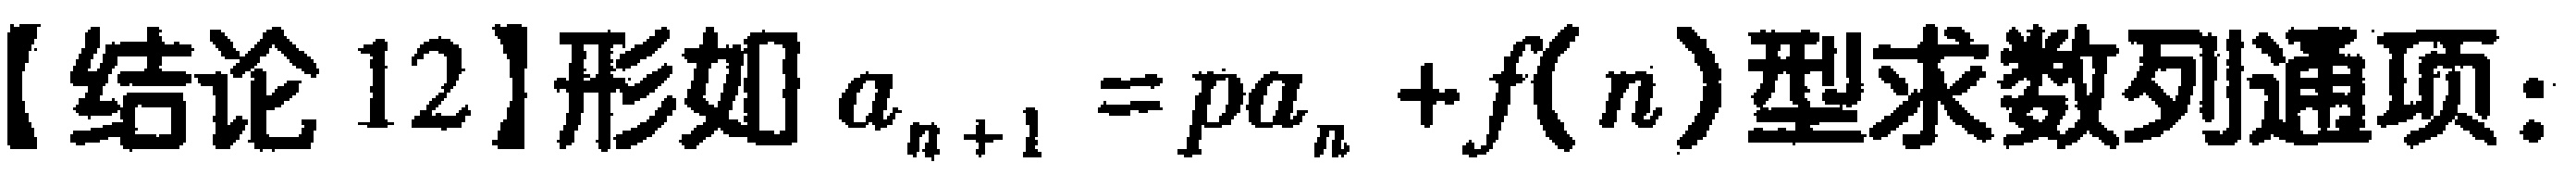
【结论 12】形如 \(a_{n + 1} = pa_{n} + f(n)\)型求数列通项：